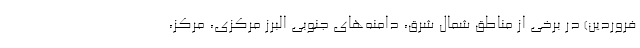
فروردین) در برخی از مناطق شمال شرق، دامنه‌های جنوبی البرز مرکزی، مرکز،